Scottish Leaving Certificate Examination, 1958
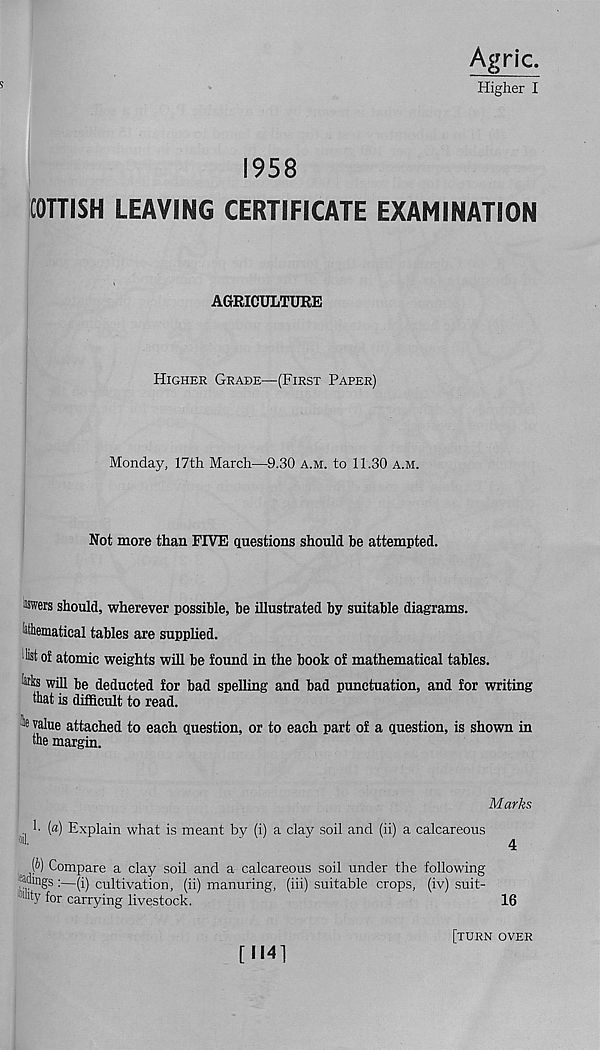
Agric.
Higher I
1958
COTTISH LEAVING CERTIFICATE EXAMINATION
AGRICULTURE
Higher Grade—(First Paper)
Monday, 17th March—9.30 a.m. to 11.30 a.m.
Not more than FIVE questions should be attempted.
#wers should, wherever possible, be illustrated by suitable diagrams.
Pematical tables are supphed.
list of atomic weights will be found in the book of mathematical tables.
win be deducted for bad spelling and bad punctuation, and for writing
that is difficult to read.
k value attached to each question, or to each part of a question, is shown in
the margin.
Marks
h [a) Explain what is meant by (i) a clay soil and (ii) a calcareous
(&) Compare a clay soil and a calcareous soil under the following
ladings : —(i) cultivation, (ii) manuring, (iii) suitable crops, (iv)suit-
% for carrying livestock.
16
[M41
[turn over